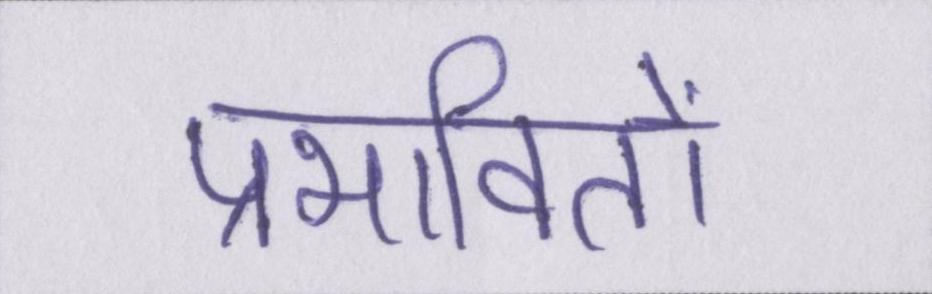
प्रभावितों